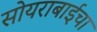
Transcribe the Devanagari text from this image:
सोयराबाईचा